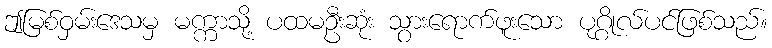
ဤမြစ်ဝှမ်းဒေသမှ မက္ကာသို့ ပထမဦးဆုံး သွားရောက်ဖူးသော ပုဂ္ဂိုလ်ပင်ဖြစ်သည်။